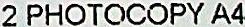
2 PHOTOCOPY A4